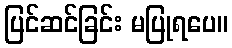
ပြင်ဆင်ခြင်း မပြုရပေ။